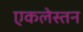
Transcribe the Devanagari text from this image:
एकलेस्तन